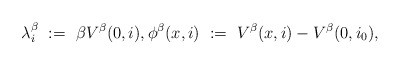
\begin{align*}\lambda_i^\beta \ := \ \beta V^\beta(0,i), \phi^\beta(x,i) \ := \ V^\beta(x,i) - V^\beta(0,i_0),\end{align*}